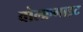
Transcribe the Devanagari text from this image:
वोल्फ्रमाइट